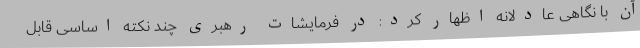
آن با نگاهی عادلانه اظهار کرد: در فرمایشات رهبری چند نکته اساسی قابل